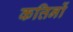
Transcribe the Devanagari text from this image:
कत्तिनों